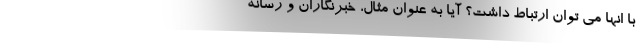
با انها می توان ارتباط داشت؟ آیا به عنوان مثال، خبرنگاران و رسانه